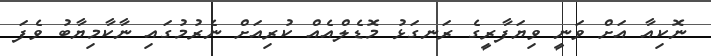
ނޮކިއާ އަށް ވަނީ ވިޔަފާރީގެ ރަނގަޅު މޮޑެލްއެއް ކުރިއަށް ނެރުމުގައި ނާކާމިޔާބު ވެފަ